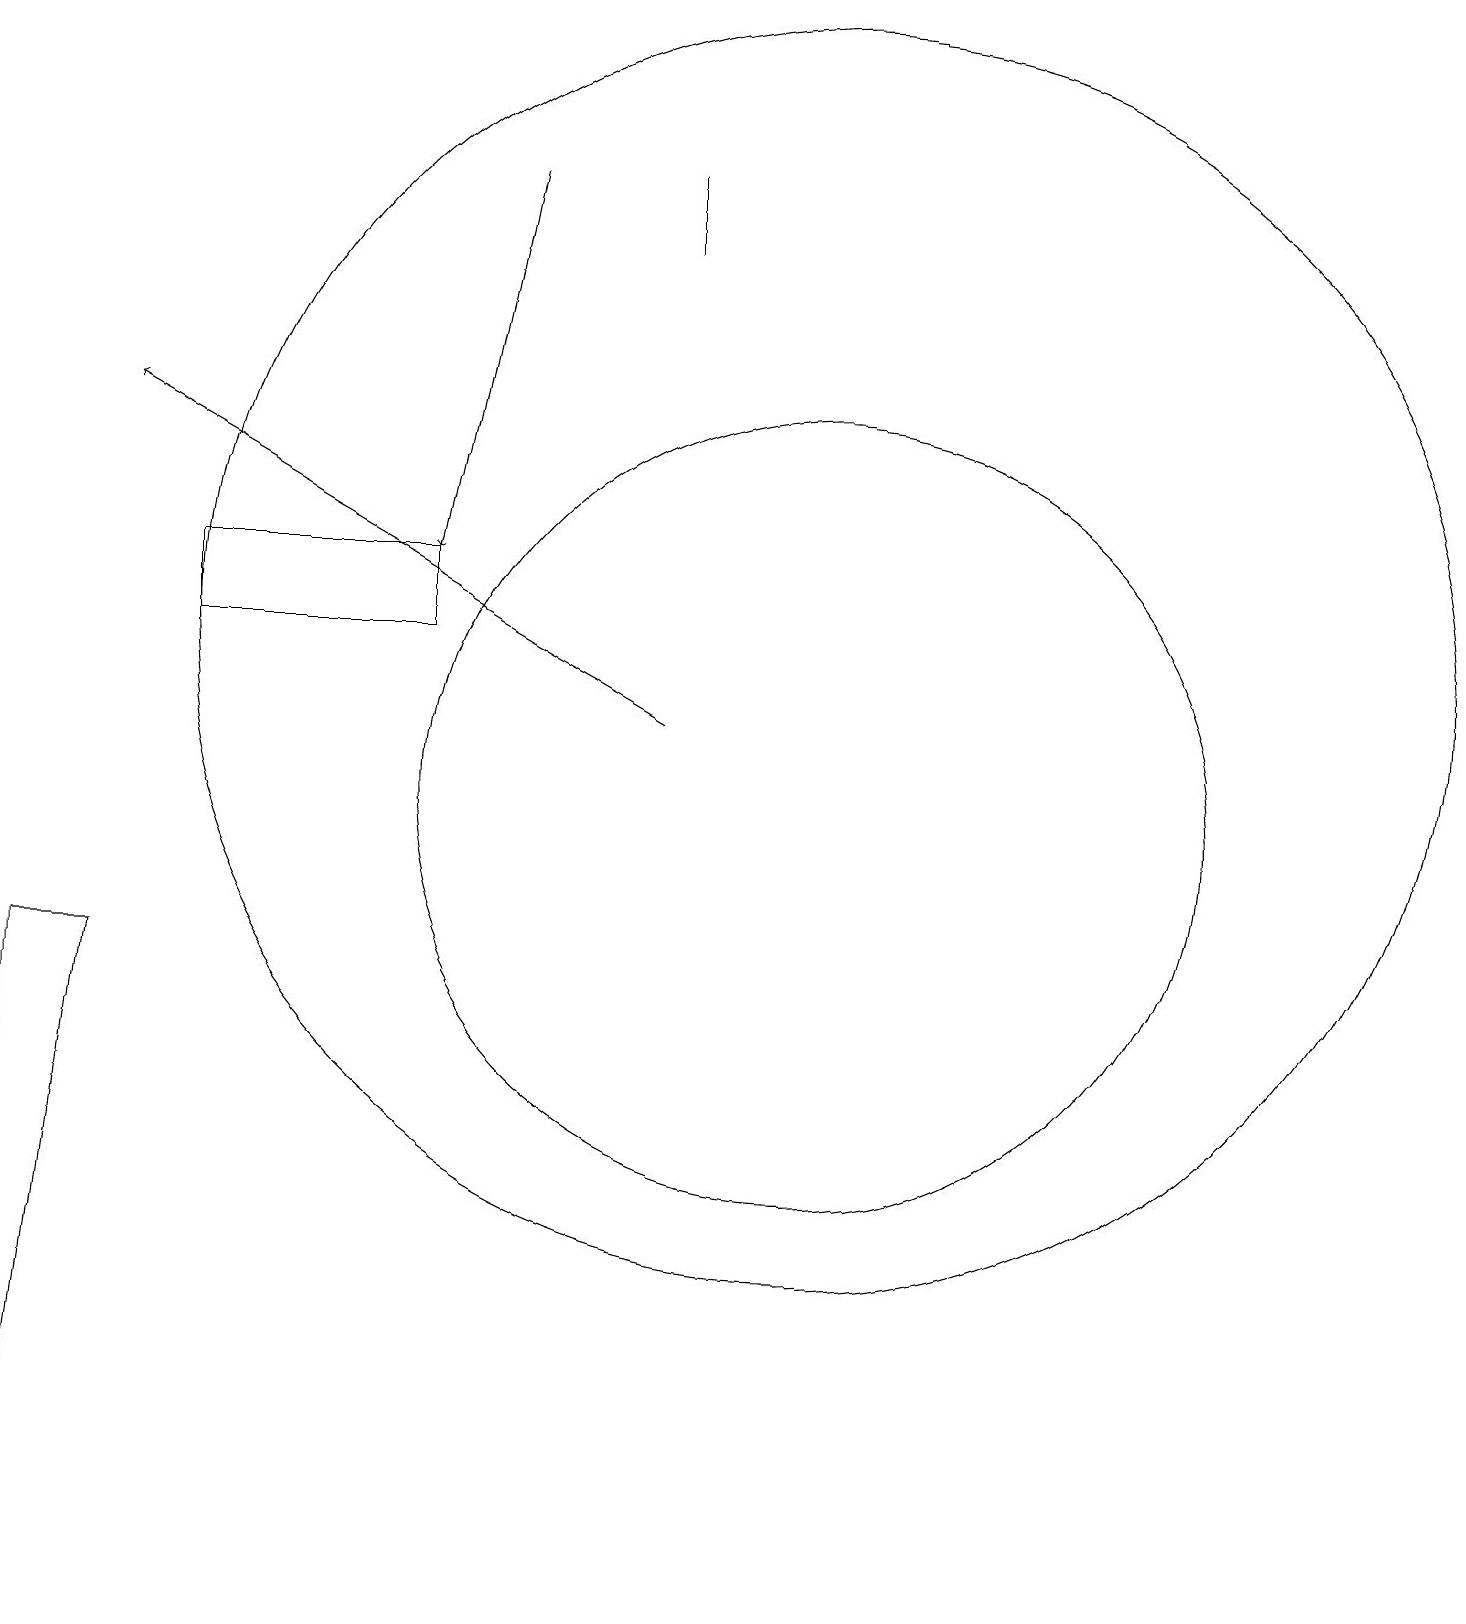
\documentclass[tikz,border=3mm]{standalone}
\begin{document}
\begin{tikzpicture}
\draw[->] (9,11) -- (2,15);
\draw (11,12) circle (8);
\draw (3,13) rectangle (6,12);
\draw (9,17) rectangle (9,18);
\draw (11,10) circle (5);
\draw[->] (7,18) -- (6,13);
\draw (1,8) -- (1,0) -- (2,8) -- cycle;
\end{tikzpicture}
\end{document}